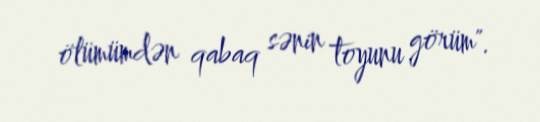
ölümümdən qabaq sənin toyunu görüm".